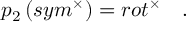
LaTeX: p _ { 2 } \left( s y m ^ { \times } \right) = r o t ^ { \times } \quad .